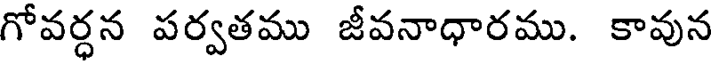
గోవర్ధన పర్వతము జీవనాధారము. కావున